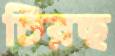
চিরছ